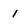
Character: 1